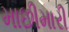
માછીમારી